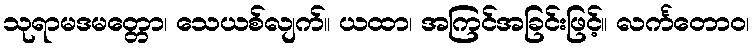
သုရာမဒမတ္တော၊ သေယစ်လျက်။ ယထာ၊ အကြင်အခြင်းဖြင့်။ လင်္ကတောဝ၊